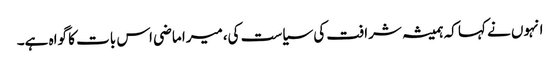
انہوں نے کہا کہ ہمیشہ شرافت کی سیاست کی،میرا ماضی اس بات کا گواہ ہے۔